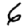
Digit: 6